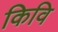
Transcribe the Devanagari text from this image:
किवि